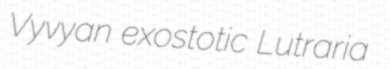
Vyvyan exostotic Lutraria